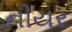
નીયર